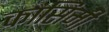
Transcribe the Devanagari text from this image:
कासिमी